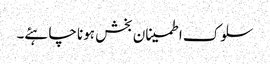
سلوک اطمینان بخش ہونا چاہئے۔